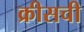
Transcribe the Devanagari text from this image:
क्रीसची